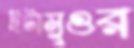
ইটামুগুর